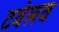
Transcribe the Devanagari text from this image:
टवेलव